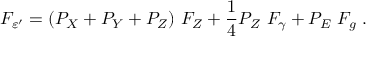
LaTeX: F _ { \varepsilon ^ { \prime } } = ( P _ { X } + P _ { Y } + P _ { Z } ) ~ F _ { Z } + { \frac { 1 } { 4 } } P _ { Z } ~ F _ { \gamma } + P _ { E } ~ F _ { g } \; .